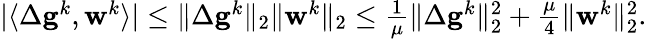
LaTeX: \begin{array}{r}{|\langle\Delta\mathbf{g}^{k},\mathbf{w}^{k}\rangle|\leq\| \Delta\mathbf{g}^{k}\| _{2}\| \mathbf{w}^{k}\| _{2}\leq\frac{1}{\mu}\| \Delta\mathbf{g}^{k}\| _{2}^{2}+\frac{\mu}4\| \mathbf{w}^{k}\| _{2}^{2}.}\end{array}